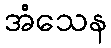
အံသေန